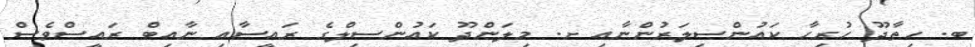
ބ. ހިތާދޫ ހުރިހާ ކައުންސިލަރުންނާއި ށ. މިލަންދޫ ކައުންސިލްގެ ރައީސާއި ނާއިބް ރައީސްވެސް